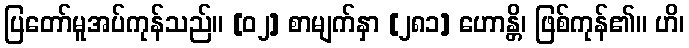
ပြတော်မူအပ်ကုန်သည်။ [၀၂] စာမျက်နှာ [၂၈၁] ဟောန္တိ၊ ဖြစ်ကုန်၏။ ဟိ၊